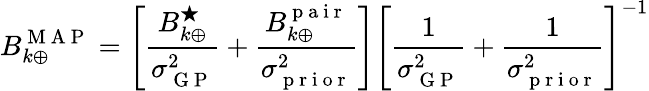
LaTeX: B_{k\oplus}^{\mathrm{~M~A~P~}}=\left[\frac{B_{k\oplus}^{\bigstar}}{\sigma_{\mathrm{~G~P~}}^{2}}+\frac{B_{k\oplus}^{\mathrm{~p~a~i~r~}}}{\sigma_{\mathrm{~p~r~i~o~r~}}^{2}}\right]\left[\frac{1}{\sigma_{\mathrm{~G~P~}}^{2}}+\frac{1}{\sigma_{\mathrm{~p~r~i~o~r~}}^{2}}\right]^{-1}